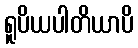
ရူပိယပါတိယာပိ